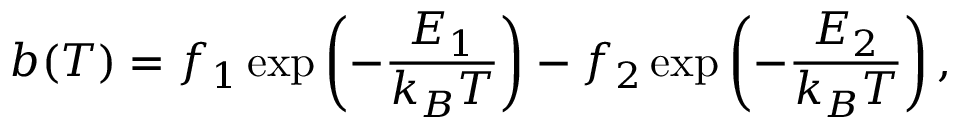
b ( T ) = f _ { 1 } \exp \left( - \frac { E _ { 1 } } { k _ { B } T } \right) - f _ { 2 } \exp \left( - \frac { E _ { 2 } } { k _ { B } T } \right) ,